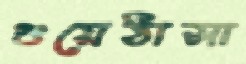
গুয়েঠাসা